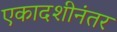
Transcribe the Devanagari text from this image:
एकादशीनंतर